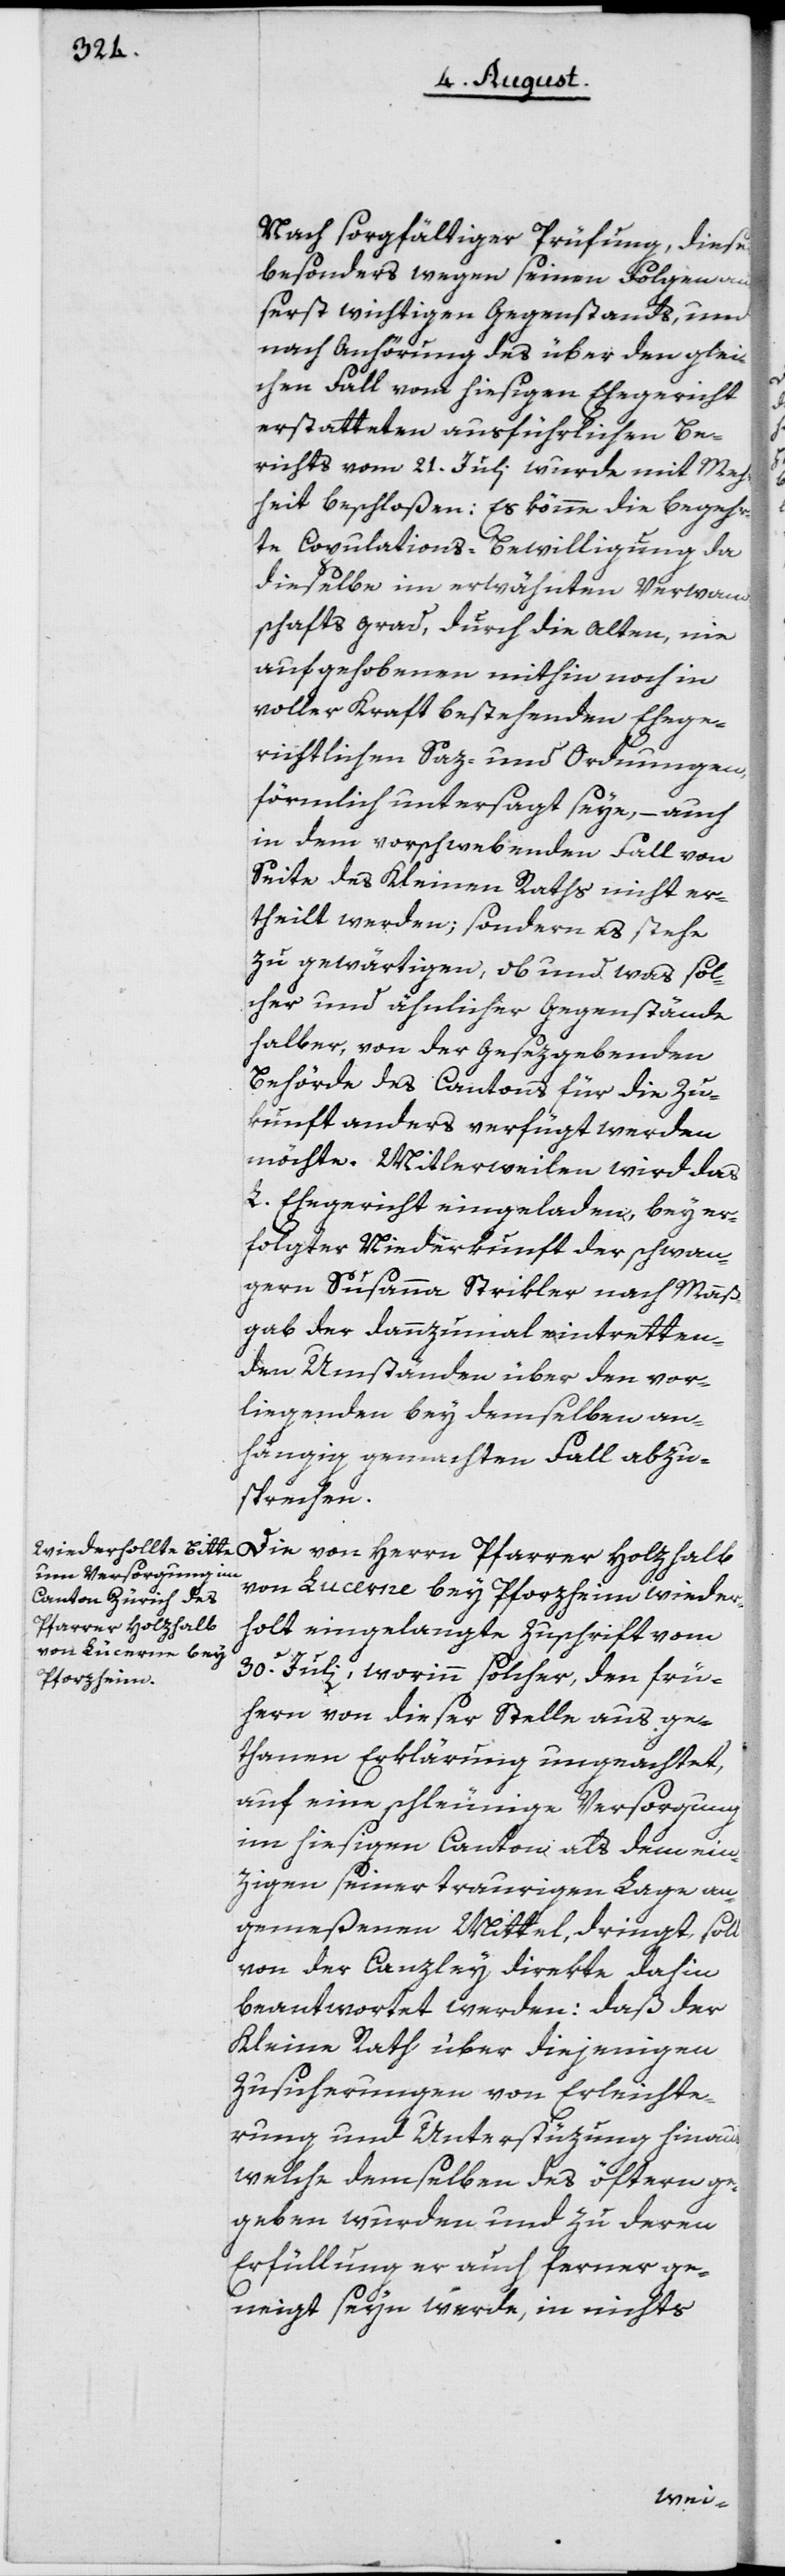
Nach sorgfältiger Prüfung, dieses
besonders wegen seinen Folgen äus¬
serst wichtigen Gegenstands, und
nach Anhörung des über den glei¬
chen Fall vom hiesigen Ehegericht
erstatteten ausführlichen Be¬
richts vom 21. Juli wurde mit Meh¬
rheit beschloßen: Es könne die begehr¬
te Copulations-Bewilligung da
dieselbe im erwähnten Verwand¬
schaftsgrad, durch die alten, nie
aufgehobenen mithin noch in
voller Kraft bestehenden Ehege¬
richtlichen Saz- und Ordnungen,
förmlich untersagt seye, – auch
in dem vorschwebenden Fall von
Seite des Kleinen Raths nicht er¬
theilt werden; sondern es stehe
zu gewärtigen, ob und was sol¬
cher und ähnlicher Gegenstände
halber, von der Gesezgebenden
Behörde des Cantons für die Zu¬
kunft anders verfügt werden
möchte. Mittlerweilen wird das
L. Ehegericht eingeladen, bey er¬
folgter Niederkunft der schwan¬
gern Susanna Strikler nach Maaß¬
gab der dannzumal eintretten¬
den Umständen über den vor¬
liegenden bey demselben an¬
hängig gemachten Fall abzu¬
sprechen.
Die von Herrn Pfarrer Holzhalb
von Lucerne [sic!] bey Pforzheim wieder¬
holt eingelangte Zuschrift vom
30. Juli, worinn solcher, den frü¬
hern von dieser Stelle aus get¬
hanen Erklärung ungeachtet,
auf eine schleunige Versorgung
im hiesigen Canton als dem ein¬
zigen seiner traurigen Lage an¬
gemeßenen Mittel, dringt, soll
von der Canzley direkte dahin
beantwortet werden: daß der
Kleine Rath über diejenigen
Zusicherungen von Erleichte¬
rung und Unterstüzung hinaus,
welche demselben des öftern ge¬
geben wurden und zu deren
Erfüllung er auch ferner ge¬
neigt seyn werde, in nichts